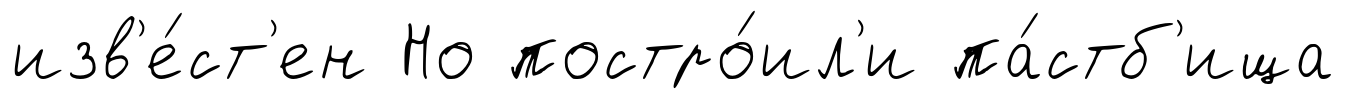
изв'е́ст'ен Но постро́ил'и па́стб'ища